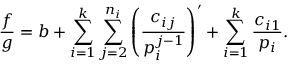
{ \frac { f } { g } } = b + \sum _ { i = 1 } ^ { k } \sum _ { j = 2 } ^ { n _ { i } } \left( { \frac { c _ { i j } } { p _ { i } ^ { j - 1 } } } \right) ^ { \prime } + \sum _ { i = 1 } ^ { k } { \frac { c _ { i 1 } } { p _ { i } } } .